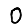
Digit: 0